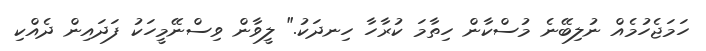
ހަމަޖެހުމެއް ނުލިބޭނެ މުސްކާން ހިތާމަ ކުރާހާ ހިނދަކު." ލީވާން ވިސްނޭމީހަކު ފަދައިން ދެއްކި